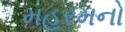
મહરમનો